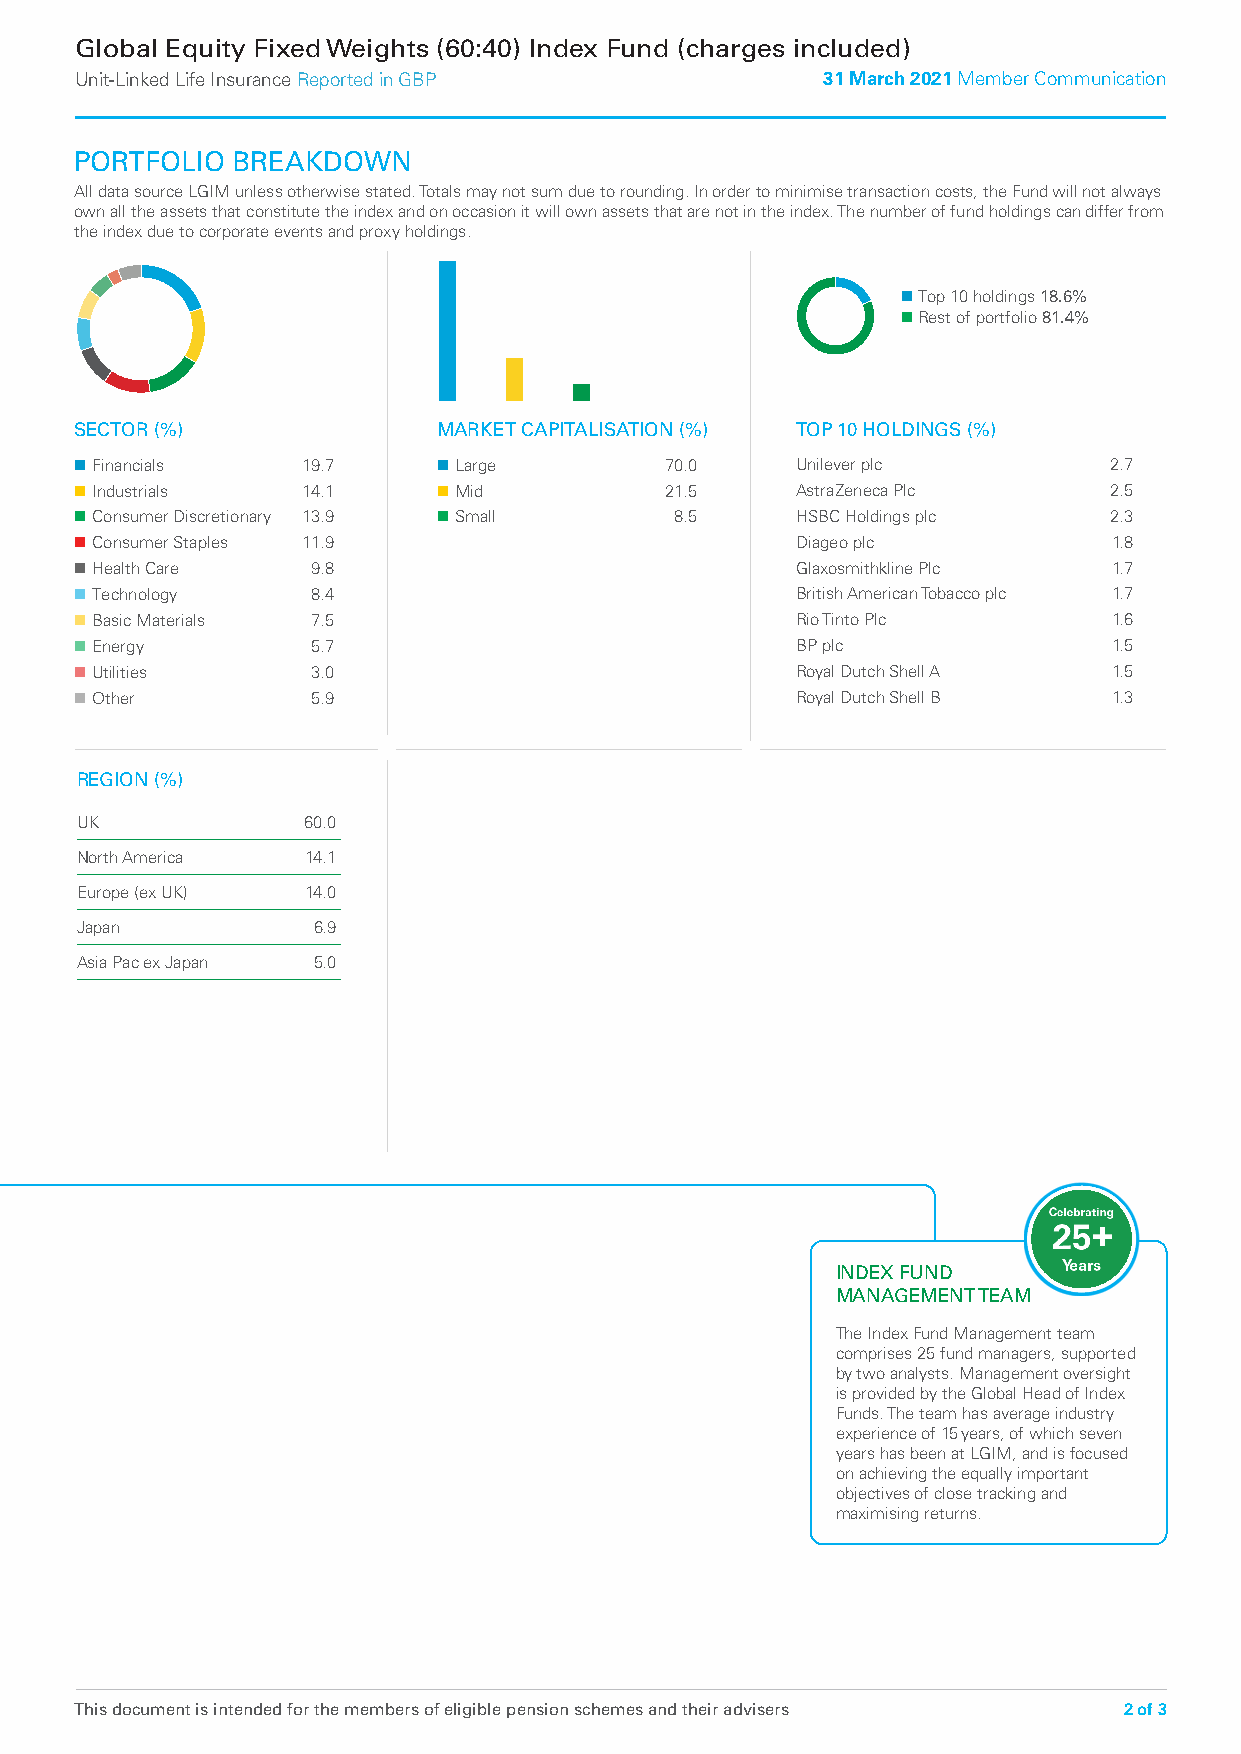
Global Equity Fixed Weights (60:40) Index Fund (charges included)
 Unit‑Linked Life Insurance Reported in GBP       31 March 2021 Member Communication
 PORTFOLIO BREAKDOWN
 All data source LGIM unless otherwise stated. Totals may not sum due to rounding. In order to minimise transaction costs, the Fund will not always
 own all the assets that constitute the index and on occasion it will own assets that are not in the index. The number of fund holdings can differ from
 the index due to corporate events and proxy holdings.
 n Top 10 holdings 18.6%
 n Rest of portfolio 81.4%
 SECTOR (%)              MARKET CAPITALISATION (%) TOP 10 HOLDINGS (%)
 n Financials   19.7     n Large        70.0     Unilever plc        2.7
 n Industrials  14.1     n Mid          21.5     AstraZeneca Plc     2.5
 n Consumer Discretionary 13.9 n Small   8.5     HSBC Holdings plc   2.3
 n Consumer Staples 11.9                         Diageo plc           1.8
 n Health Care   9.8                             Glaxosmithkline Plc  1.7
 n Technology    8.4                             British American Tobacco plc 1.7
 n Basic Materials 7.5                           Rio Tinto Plc        1.6
 n Energy        5.7                             BP plc               1.5
 n Utilities     3.0                             Royal Dutch Shell A  1.5
 n Other         5.9                             Royal Dutch Shell B  1.3
 REGION (%)
 UK             60.0
 North America  14.1
 Europe (ex UK) 14.0
 Japan           6.9
 Asia Pac ex Japan 5.0
 INDEX FUND
 MANAGEMENT TEAM
 The Index Fund Management team
 comprises 25 fund managers, supported
 by two analysts. Management oversight
 is provided by the Global Head of Index
 Funds. The team has average industry
 experience of 15 years, of which seven
 years has been at LGIM, and is focused
 on achieving the equally important
 objectives of close tracking and
 maximising returns.
 This document is intended for the members of eligible pension schemes and their advisers 2 of 3